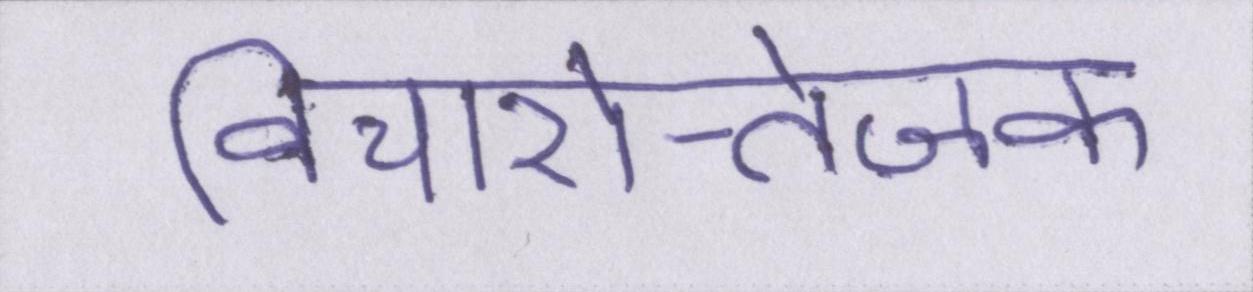
विचारोत्तेजक